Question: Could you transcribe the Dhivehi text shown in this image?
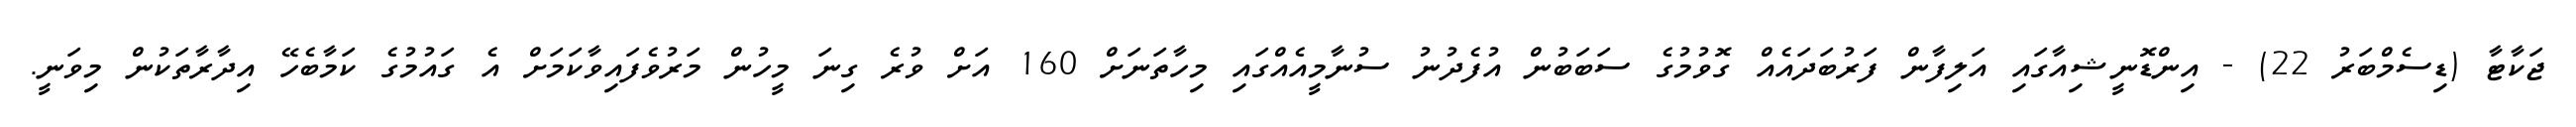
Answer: ޖަކާޓާ (ޑިސެމްބަރު 22) - އިންޑޮނީޝިއާގައި އަލިފާން ފަރުބަދައެއް ގޮވުމުގެ ސަބަބުން އުފެދުނު ސުނާމީއެއްގައި މިހާތަނަށް 160 އަށް ވުރެ ގިނަ މީހުން މަރުވެފައިވާކަމަށް އެ ގައުމުގެ ކަމާބެހޭ އިދާރާތަކުން މިވަނީ.